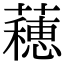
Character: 𬟘